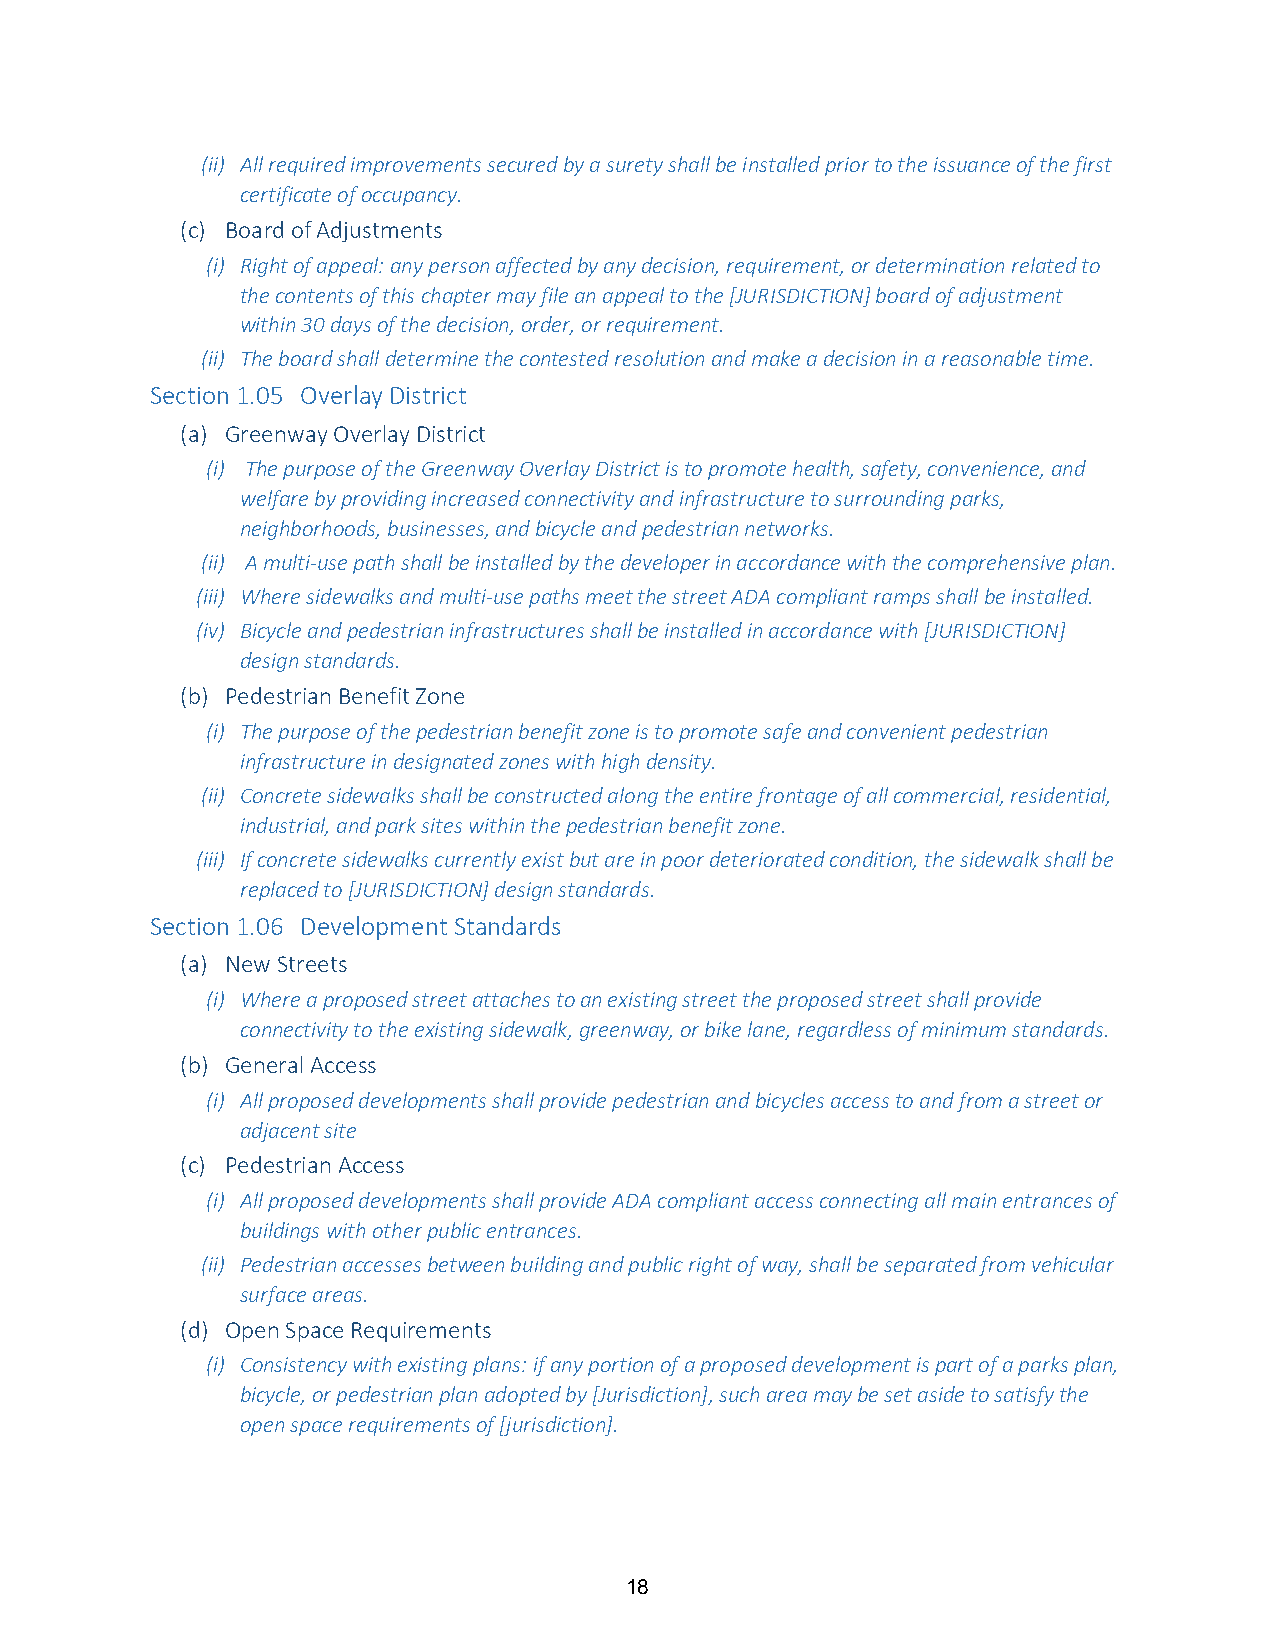
(ii) All required improvements secured by a surety shall be installed prior to the issuance of the first
 certificate of occupancy.
 (c) Board of Adjustments
 (i) Right of appeal: any person affected by any decision, requirement, or determination related to
 the contents of this chapter may file an appeal to the [JURISDICTION] board of adjustment
 within 30 days of the decision, order, or requirement.
 (ii) The board shall determine the contested resolution and make a decision in a reasonable time.
 Section 1.05 Overlay District
 (a) Greenway Overlay District
 (i) The purpose of the Greenway Overlay District is to promote health, safety, convenience, and
 welfare by providing increased connectivity and infrastructure to surrounding parks,
 neighborhoods, businesses, and bicycle and pedestrian networks.
 (ii) A multi-use path shall be installed by the developer in accordance with the comprehensive plan.
 (iii) Where sidewalks and multi-use paths meet the street ADA compliant ramps shall be installed.
 (iv) Bicycle and pedestrian infrastructures shall be installed in accordance with [JURISDICTION]
 design standards.
 (b) Pedestrian Benefit Zone
 (i) The purpose of the pedestrian benefit zone is to promote safe and convenient pedestrian
 infrastructure in designated zones with high density.
 (ii) Concrete sidewalks shall be constructed along the entire frontage of all commercial, residential,
 industrial, and park sites within the pedestrian benefit zone.
 (iii) If concrete sidewalks currently exist but are in poor deteriorated condition, the sidewalk shall be
 replaced to [JURISDICTION] design standards.
 Section 1.06 Development Standards
 (a) New Streets
 (i) Where a proposed street attaches to an existing street the proposed street shall provide
 connectivity to the existing sidewalk, greenway, or bike lane, regardless of minimum standards.
 (b) General Access
 (i) All proposed developments shall provide pedestrian and bicycles access to and from a street or
 adjacent site
 (c) Pedestrian Access
 (i) All proposed developments shall provide ADA compliant access connecting all main entrances of
 buildings with other public entrances.
 (ii) Pedestrian accesses between building and public right of way, shall be separated from vehicular
 surface areas.
 (d) Open Space Requirements
 (i) Consistency with existing plans: if any portion of a proposed development is part of a parks plan,
 bicycle, or pedestrian plan adopted by [Jurisdiction], such area may be set aside to satisfy the
 open space requirements of [jurisdiction].
 18